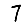
Digit: 7